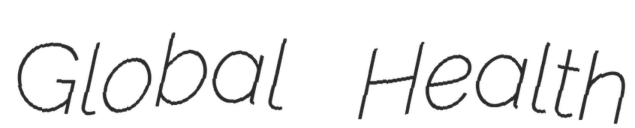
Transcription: Global Health